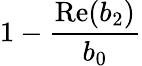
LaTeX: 1-\frac{\mathrm{Re}(b_{2})}{b_{0}}